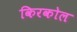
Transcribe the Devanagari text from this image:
किरकोल